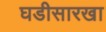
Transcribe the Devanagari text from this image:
घडीसारखा